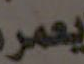
يعمر